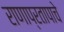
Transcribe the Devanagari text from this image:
राणाप्रतापाचे